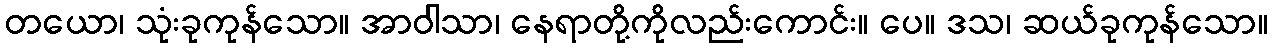
တယော၊ သုံးခုကုန်သော။ အာဝါသာ၊ နေရာတို့ကိုလည်းကောင်း။ ပေ။ ဒသ၊ ဆယ်ခုကုန်သော။